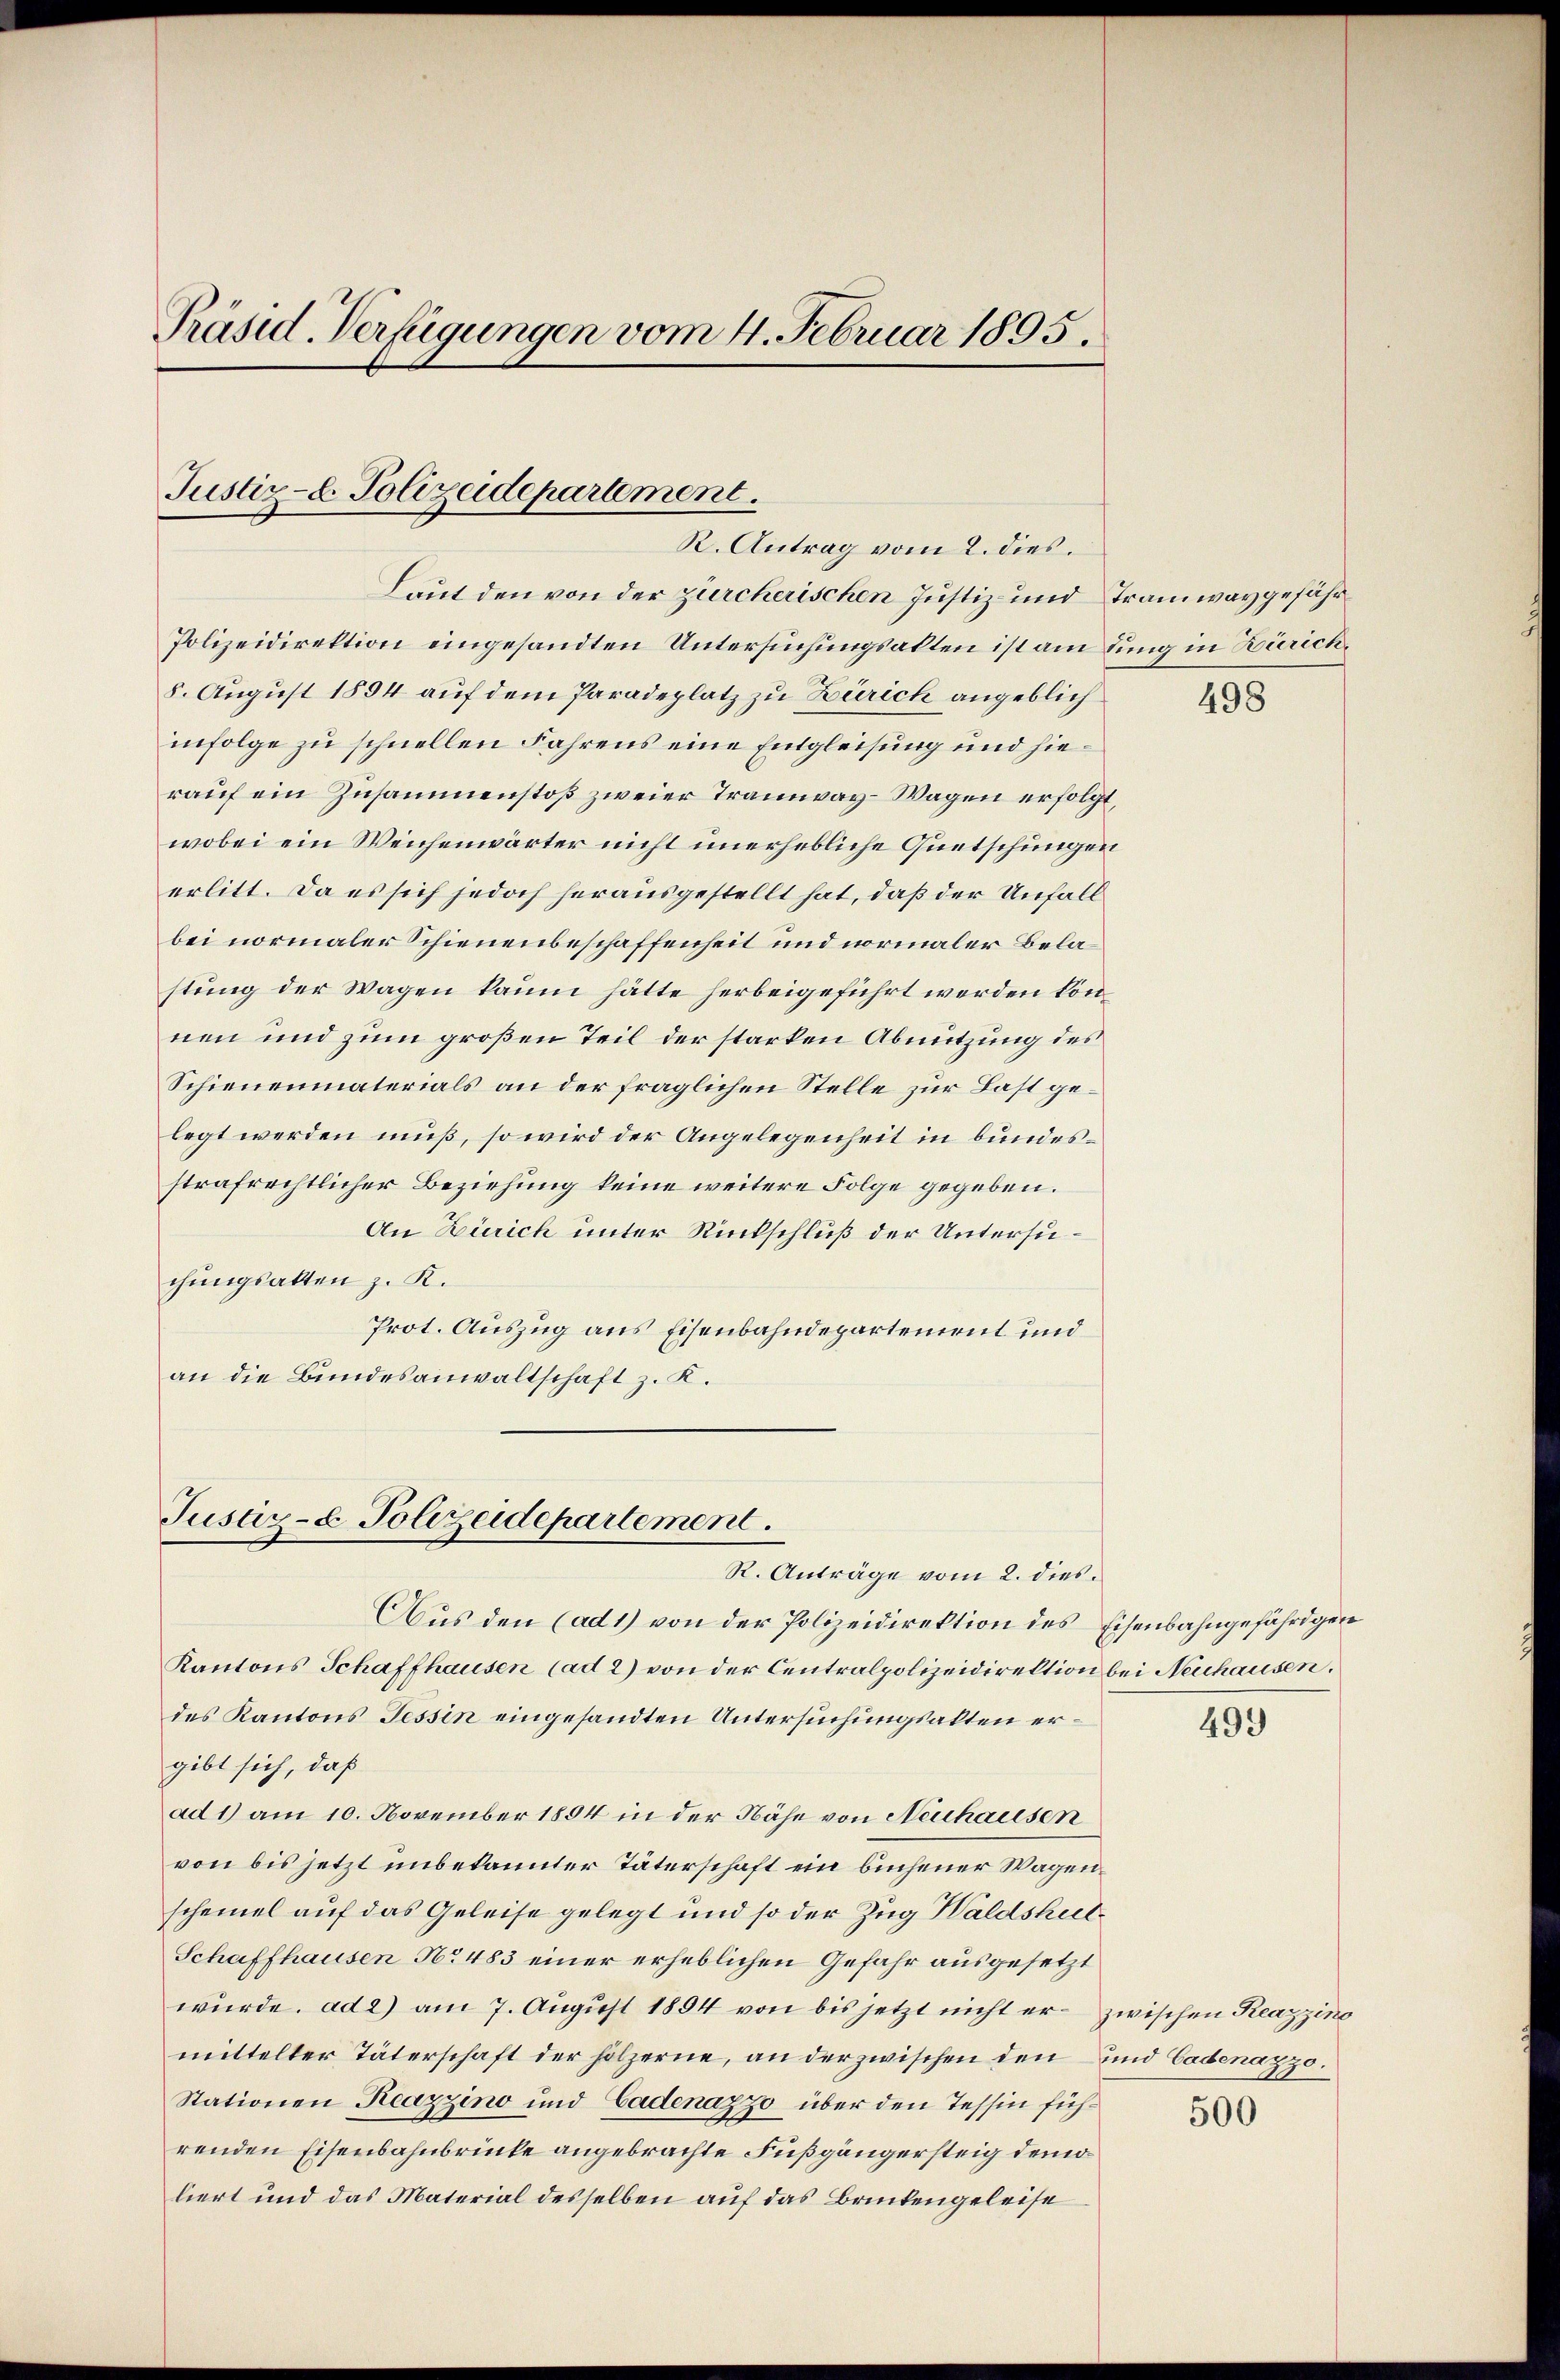
Präsid. Verfügungen vom 4. Februar 1895.

Justiz-C. Polizeidepartement.
R. Antrag vom 2. dies

Laut den von der zürcherischen Justiz- und Tramway gefähr¬
Polizeidirektion eingesandten Untersuchungsalten ist am dung in Zürich.
8. August 1894 auf dem Paradeplatz zu Zürich angeblich
infolge zu schnellen Fahrens eine Entgleisung und hierauf ein Zusammenstoß zweier Tramway-Wagen erfolgt,
wobei ein Weichenwärter nicht unerhebliche Quetschungen
erlitt. Da es sich jedoch herausgestellt hat, daß der Unfall
bei normaler Schienenbeschaffenheit und normaler Belastung der Wagen kaum hätte herbeigeführt werden könnnen und zum großen Teil der starken Abnutzung des
Schienenmaterials an der fraglichen Stelle zur Last gelegt werden muß, so wird der Angelegenheit in bundesstrafrechtlicher Beziehung keine weitere Folge gegeben.
An Zürich unter Rückschluß der Untersuchungsakten z. R.
Prot. Auszug aus Eisenbahndepartement und
an die Bundesanwaltschaft z. K.

Justiz- & Polizeidepartement.
R. Anträge vom 2. dies

Aus den (ad 1) von der Polizeidirektion des Eisenbahngefährigen
Kantons Schaffhausen (ad 2) von der Centralpolizeidirektion bei Neuhausen.
des Kantons Tessin eingesandten Untersuchungsakten ergibt sich, daß
ad 1) am 10. November 1894 in der Nähe von Neuhausen
von bis jetzt unbekannter Täterschaft ein buchener Wagenscheinel auf das Geleise gelegt und so der Zug Waldshul¬
Schaffhausen No 483 einer erheblichen Gefahr ausgesetzt
wurde. ad 2) am 7. August 1894 von bis jetzt nicht er zwischen Reazzino
mittelter Täterschaft der hölzerne, an der zwischen den und Cadenazzo.
Stationen Reazzino und Cadenazzo über den Tessin führenden Eisenbahnbrücke angebrachte Fußgängersteig demo
liert und das Material desselben auf das Brückengeleise

498

499

500